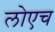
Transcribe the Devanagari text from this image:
लोएच